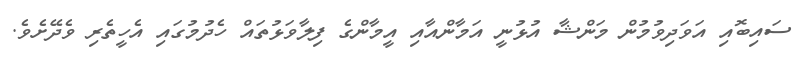
ސައިބޮއި އަވަދިވުމުން މަންޝާ އުޅުނީ އަމާންއާއި އީމާންގެ ފިލާވަޅުތައް ހެދުމުގައި އެހީތެރި ވެދޭށެވެ.